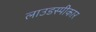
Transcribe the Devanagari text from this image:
लाउडस्पीकार